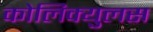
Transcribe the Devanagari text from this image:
कोलिक्युलस